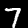
Digit: 7